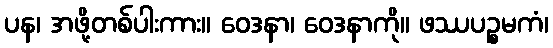
ပန၊ အဖို့တစ်ပါးကား။ ဝေဒနာ၊ ဝေဒနာကို။ ဖဿပဉ္စမကံ၊